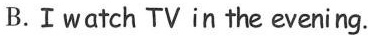
B.Ⅰwatch TVin the evening.